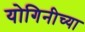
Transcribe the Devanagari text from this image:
योगिनीच्या